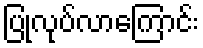
ပြုလုပ်လာကြောင်း